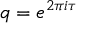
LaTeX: q = e ^ { 2 \pi i \tau }